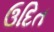
ઉદિત